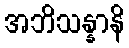
အဘိသန္နာနိ